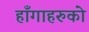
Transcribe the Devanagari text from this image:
हाँगाहरुको